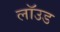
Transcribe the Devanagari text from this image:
लॉउड